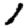
Digit: 1